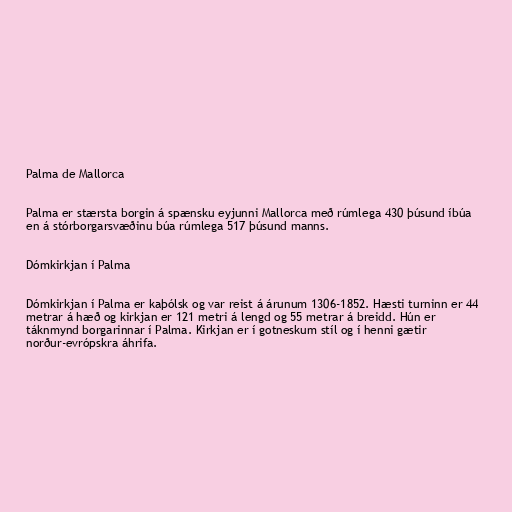
Palma de Mallorca

Palma er stærsta borgin á spænsku eyjunni Mallorca með rúmlega 430 þúsund íbúa
en á stórborgarsvæðinu búa rúmlega 517 þúsund manns.

Dómkirkjan í Palma

Dómkirkjan í Palma er kaþólsk og var reist á árunum 1306-1852. Hæsti turninn er 44
metrar á hæð og kirkjan er 121 metri á lengd og 55 metrar á breidd. Hún er
táknmynd borgarinnar í Palma. Kirkjan er í gotneskum stíl og í henni gætir
norður-evrópskra áhrifa.